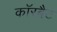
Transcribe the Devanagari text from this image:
कॉरबैट